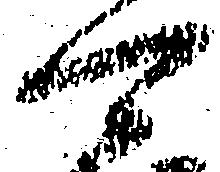
可